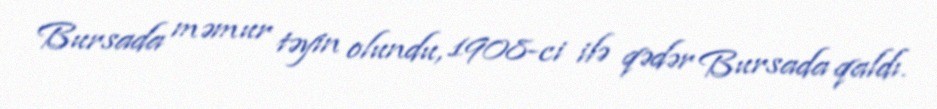
Bursada məmur təyin olundu, 1908-ci ilə qədər Bursada qaldı.